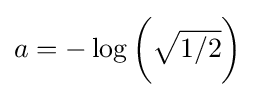
a=-\log {\bigg (}{\sqrt {1/2}}{\bigg )}